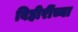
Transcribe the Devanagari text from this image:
विहीरींच्या